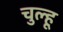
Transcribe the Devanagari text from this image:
चुल्हू